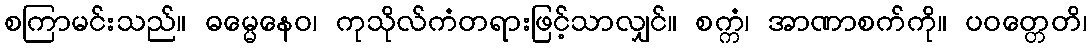
စကြာမင်းသည်။ ဓမ္မေနေဝ၊ ကုသိုလ်ကံတရားဖြင့်သာလျှင်။ စက္ကံ၊ အာဏာစက်ကို။ ပဝတ္တေတိ၊